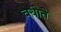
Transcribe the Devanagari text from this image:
चयोते